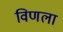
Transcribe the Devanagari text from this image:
विणला